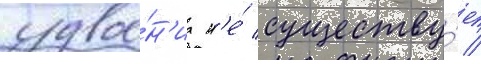
удвое́н'иа н'е́ существу́ет /